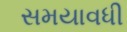
સમયાવધી